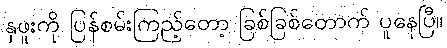
နှဖူးကို ပြန်စမ်းကြည့်တော့ ခြစ်ခြစ်တောက် ပူနေပြီ။